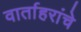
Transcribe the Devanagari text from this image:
वार्ताहरांचे